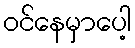
ဝင်နေမှာပေါ့